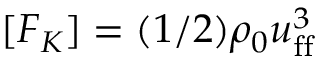
[ F _ { K } ] = ( 1 / 2 ) \rho _ { 0 } u _ { \mathrm { f f } } ^ { 3 }